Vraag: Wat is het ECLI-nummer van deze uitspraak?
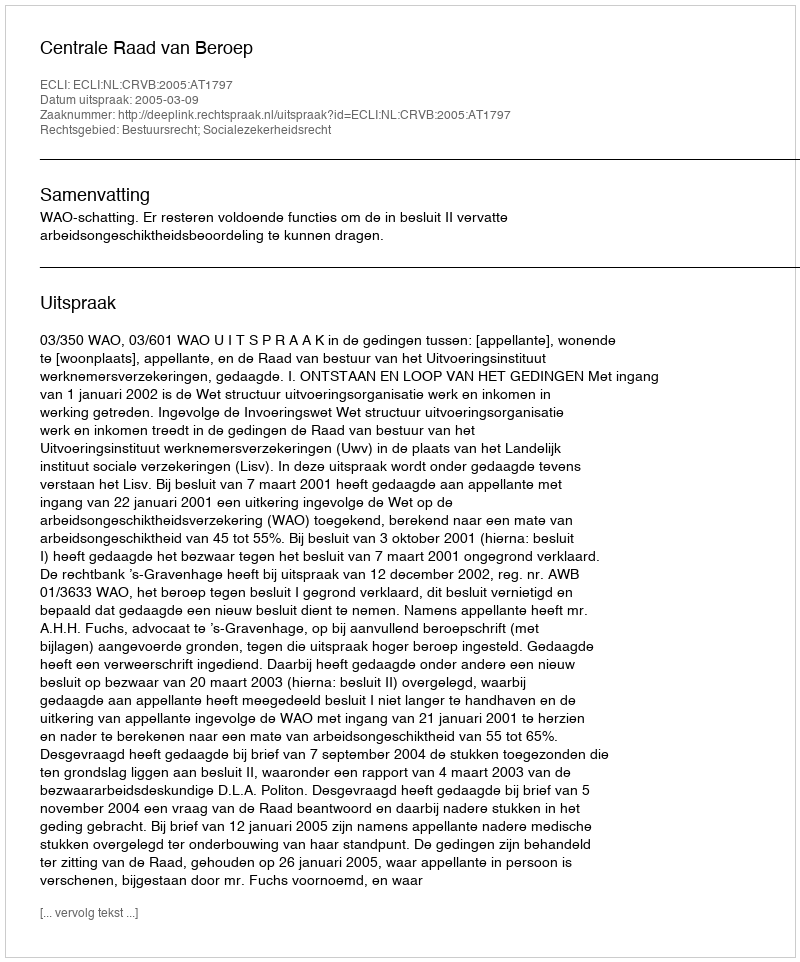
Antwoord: ECLI:NL:CRVB:2005:AT1797